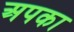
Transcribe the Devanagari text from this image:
अपका